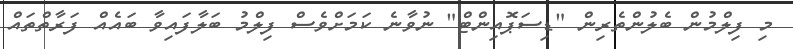
މި ފިލްމުން ބެލުންތެރިން "ޑިސަޕޮއިންޓް" ނުވާނެ ކަމަށްވެސް ފިލްމު ބަލާފައިވާ ބައެއް ފަރާތްތައް